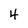
Character: 4